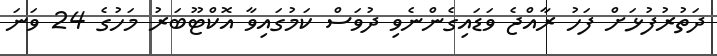
ދަތުރުފުޅަށް ފަހު ރާއްޖެ ވަޑައިގެންނެވި ދުވަސް ކަމުގައިވާ އޮކްޓޫބަރު މަހުގެ 24 ވަނަ